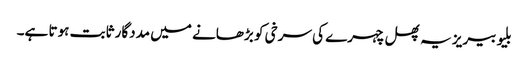
بلیو بیریز یہ پھل چہرے کی سرخی کو بڑھانے میں مددگار ثابت ہوتا ہے۔